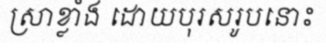
ស្រាខ្លាំង ដោយបុរសរូបនោះ